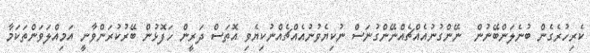
ކެރިހުރެގެން ބުނެލަންބޭނުން  ނޭންގުނުއެއްޗެއްނޭންގުނަސް ނުކިޔެވުނުއެއްޗެއްނުކިޔެވި އޮތަސް ދަރީން ހަފޮޅުން ބޭރުކުރަންވާނީ އަމިއްލަވަންތަކަމާ